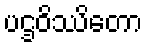
ပဌဝိဿိတော